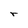
Character: r